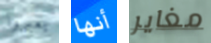
يعبروا أنها مغاير